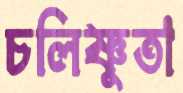
চলিষ্ণুতা